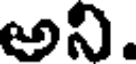
అని.